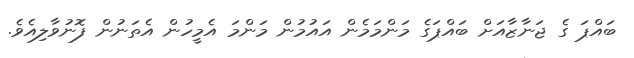
ބައްޕަ ގެ ޖަނާޒާއަށް ބައްޕަގެ މަންމަމެން އައުމުން މަންމަ އެމީހުން އެތަނުން ފޮނުވާލިއެވެ.